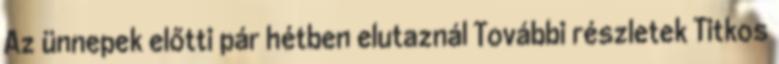
Az ünnepek előtti pár hétben elutaznál További részletek Titkos